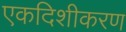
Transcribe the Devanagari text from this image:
एकदिशीकरण